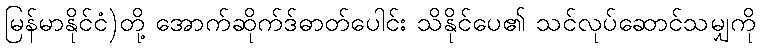
မြန်မာနိုင်ငံ)တို့ အောက်ဆိုက်ဒ်ဓာတ်ပေါင်း သိနိုင်ပေ၏ သင်လုပ်ဆောင်သမျှကို